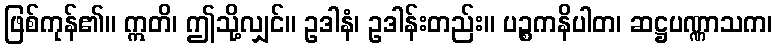
ဖြစ်ကုန်၏။ ဣတိ၊ ဤသို့လျှင်။ ဥဒါနံ၊ ဥဒါန်းတည်း။ ပဉ္စကနိပါတ၊ ဆဋ္ဌပဏ္ဏာသက၊